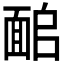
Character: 𩈜